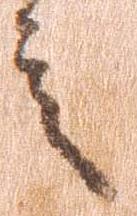
言